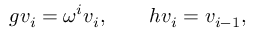
g v _ { i } = \omega ^ { i } v _ { i } , ~ ~ ~ ~ ~ ~ h v _ { i } = v _ { i - 1 } ,